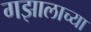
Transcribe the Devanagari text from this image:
गझालाच्या